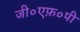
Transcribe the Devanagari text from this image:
जी०एफ़०पी